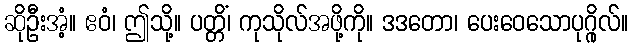
ဆိုဦးအံ့။ ဧဝံ၊ ဤသို့။ ပတ္တိံ၊ ကုသိုလ်အဖို့ကို။ ဒဒတော၊ ပေးဝေသောပုဂ္ဂိုလ်။